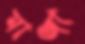
মাঞ্জা